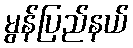
မွန်ပြည်နယ်